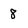
Character: 8